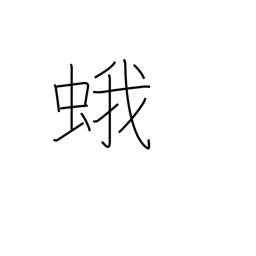
Meaning: moth